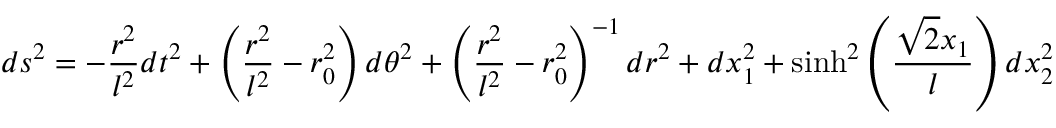
d s ^ { 2 } = - \frac { r ^ { 2 } } { l ^ { 2 } } d t ^ { 2 } + \left( \frac { r ^ { 2 } } { l ^ { 2 } } - r _ { 0 } ^ { 2 } \right) d \theta ^ { 2 } + \left( \frac { r ^ { 2 } } { l ^ { 2 } } - r _ { 0 } ^ { 2 } \right) ^ { - 1 } d r ^ { 2 } + d x _ { 1 } ^ { 2 } + \sinh ^ { 2 } \left( \frac { \sqrt { 2 } x _ { 1 } } { l } \right) d x _ { 2 } ^ { 2 }